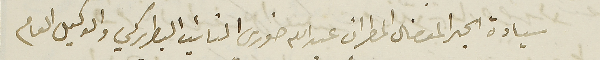
سيادة الحبر المفضال المطران عبدالله خوري النائب البطريركي والوكيل العام